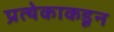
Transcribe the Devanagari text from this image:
प्रत्येकाकडून